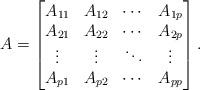
LaTeX: \begin{align*}A = \begin{bmatrix}A_{11} & A_{12} & \cdots & A_{1p} \\A_{21} & A_{22} & \cdots & A_{2p} \\\vdots & \vdots & \ddots & \vdots \\A_{p1} & A_{p2} & \cdots & A_{pp} \end{bmatrix}.\end{align*}